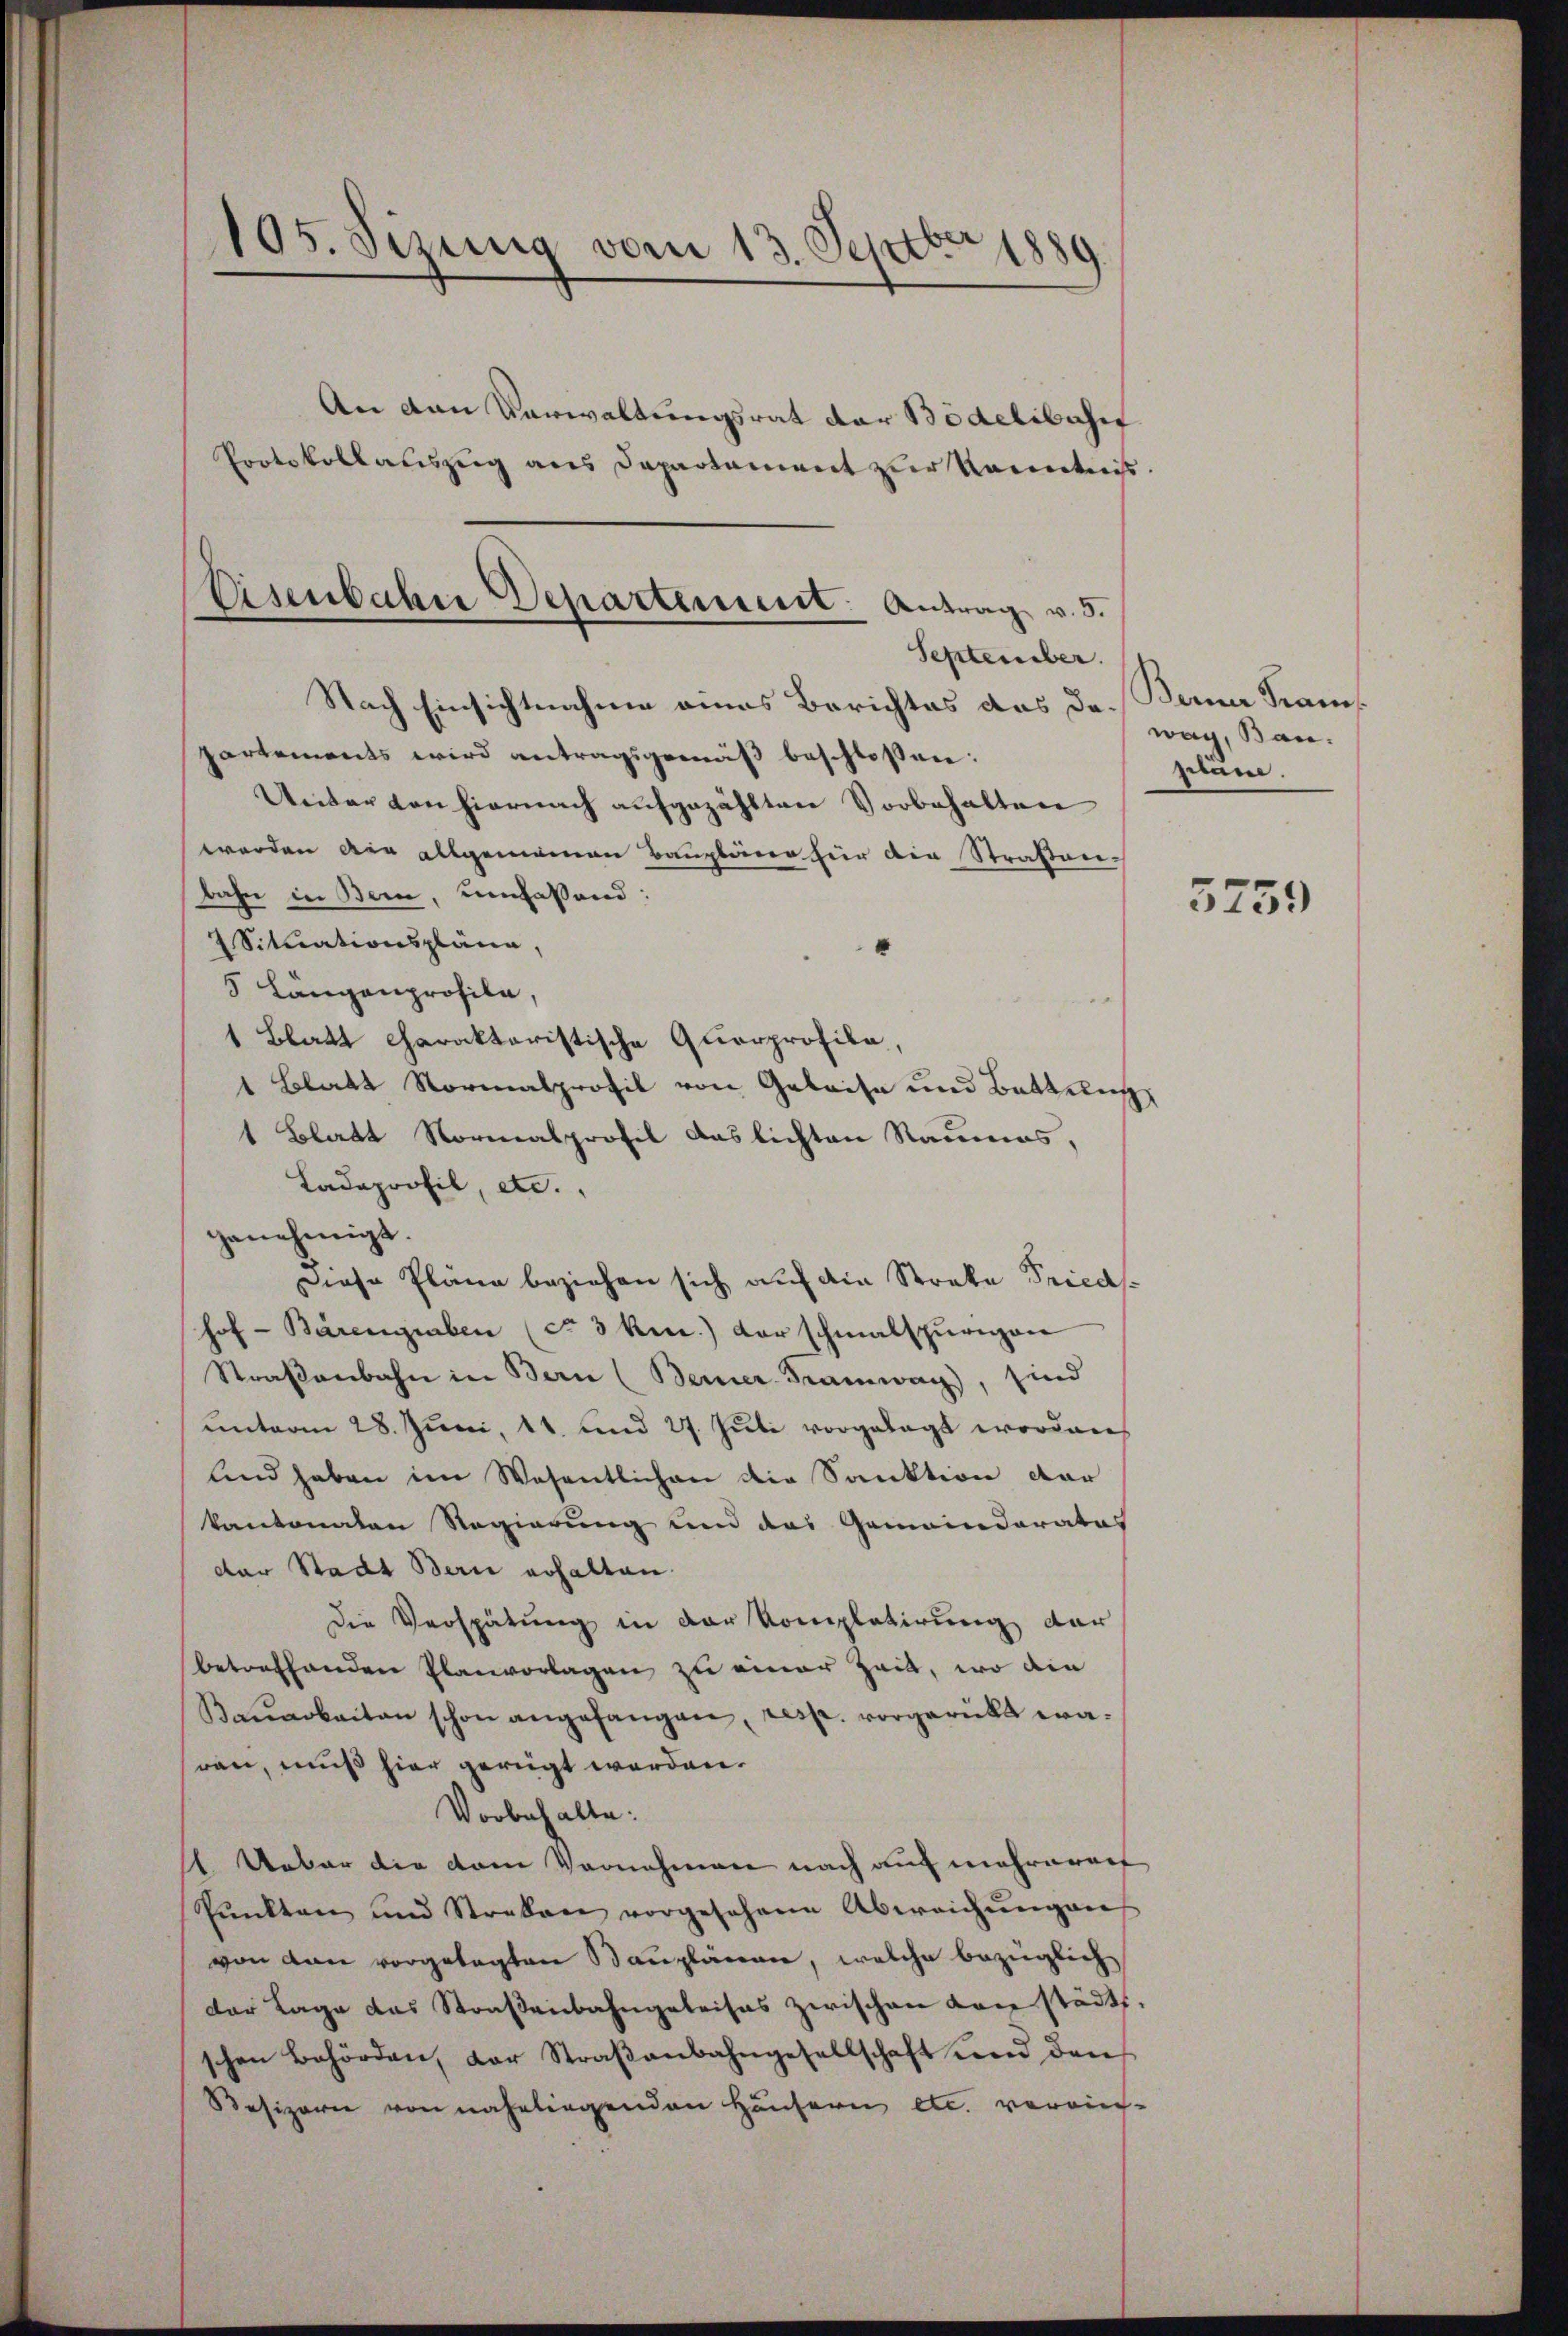
105. Sizung vom 13. Septbr 1889.
An den Verwaltungsrat der Bidelibuse
Protokollauszug aus Departament zur Kenntnis

Eisenbahn Departement. Antrag v. 5.
September.
Nach Einsichtnahme eines Berichtes das da¬

partements wird antragsgemäß beschlossen:
Ueiter von hiernach aufgezählten Vorbehalten
werden die allgemeinen Baupläne für die Straßen-
bahn in Bern, umfassend:
Situationspläne
5 Längenprofila,
1 Blatt charaktaristische Querprofila,
1 Blatt Normalprofil von Geleise und Battun
1 Blatt Normalprofil Auslichten Raumes,
Ladeprofil, etc.
genehmigt.
Diese Pläne beziehen sich auf die Streke Priedshof- Bärengraben (ca 3 ken) der schmalspurigen
Straβenbahn in Bern (Berner Tramway), sind
unterm 28. Juni, 11. und 27. Juli vorgelegt worden,
And haben im Wesentlichen die Sanktion dar
kantonalen Regierung und des Gemeinderates
der Stadt Bern erhalten.
Die Verspätung in der Kompletirung der
betreffenden Planvorlagen zu einer Zeit, wo die
Kŭarbeiten schon angefangen, resp. vorgerückt waren, muß hier gerügt werden.
Vorbehalte:
1 Ueber die vom Vornehmen nach auf mehreroef
Punkten und Straben vorgesehene Abweichŭngen
von den vorgetagten Bauplänen, welche bezüglich
der Lage das Straßenbahngeleises zwischen von städt
schen Behörden, der Straβenbahngesellschaft und den
Besizoren von naheliegenden Häusern etc. verain

Berne Kram
wag, Ban
plane.

d

e

5759